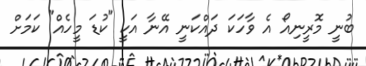
ބުނީ މޮރީނިއޯ އެ ވާހަކަ ދައްކަނީ އޭނާ އަކީ "ކުޑަ މީހެއް" ކަމަށް